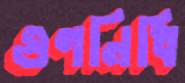
গুণনিধি